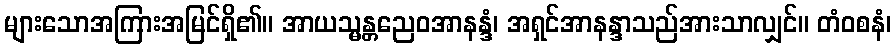
များသောအကြားအမြင်ရှိ၏။ အာယသ္မန္တညေဝအာနန္ဒံ၊ အရှင်အာနန္ဒာသည်အားသာလျှင်။ တံဝစနံ၊